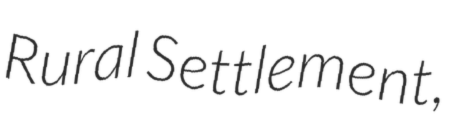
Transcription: Rural Settlement,